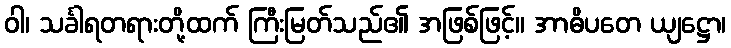
ဝါ၊ သင်္ခါရတရားတို့ထက် ကြီးမြတ်သည်၏ အဖြစ်ဖြင့်။ အာဓိပတေ ယျဋ္ဌော၊